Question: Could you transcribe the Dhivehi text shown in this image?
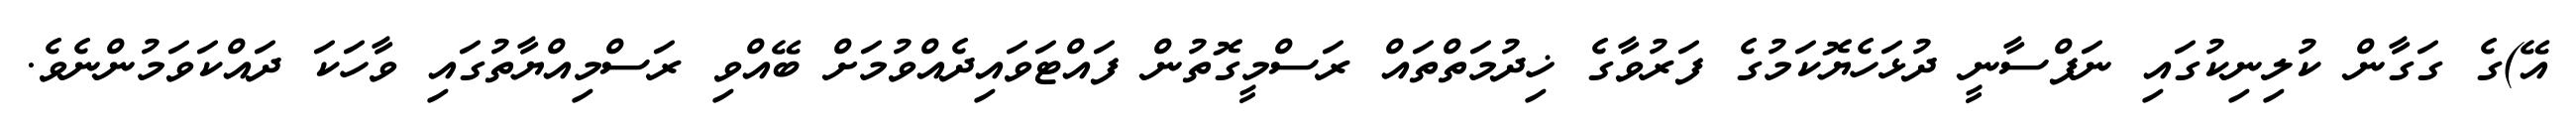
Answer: އޭ)ގެ ގަގާން ކުލިނިކުގައި ނަފްސާނީ ދުޅަހެޔޮކަމުގެ ފަރުވާގެ ޚިދުމަތްތައް ރަސްމީގޮތުން ފައްޓަވައިދެއްވުމަށް ބޭއްވި ރަސްމިއްޔާތުގައި ވާހަކަ ދައްކަވަމުންނެވެ.